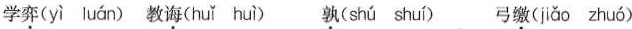
学弈( yì luán )教诲( huǐ huì ) 孰( shú shuí ) 弓缴( jiǎo zhuó )